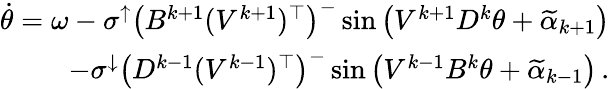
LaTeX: \begin{array}{r}{\dot{\theta}=\omega-\sigma^{\uparrow}\left(B^{k+1}(V^{k+1})^{\top}\right)^{-}\sin\left(V^{k+1}D^{k}\theta+\widetilde\alpha_{k+1}\right)}\\ {-\sigma^{\downarrow}\left(D^{k-1}(V^{k-1})^{\top}\right)^{-}\sin\left(V^{k-1}B^{k}\theta+\widetilde\alpha_{k-1}\right)\, .}\end{array}